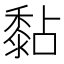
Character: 黏